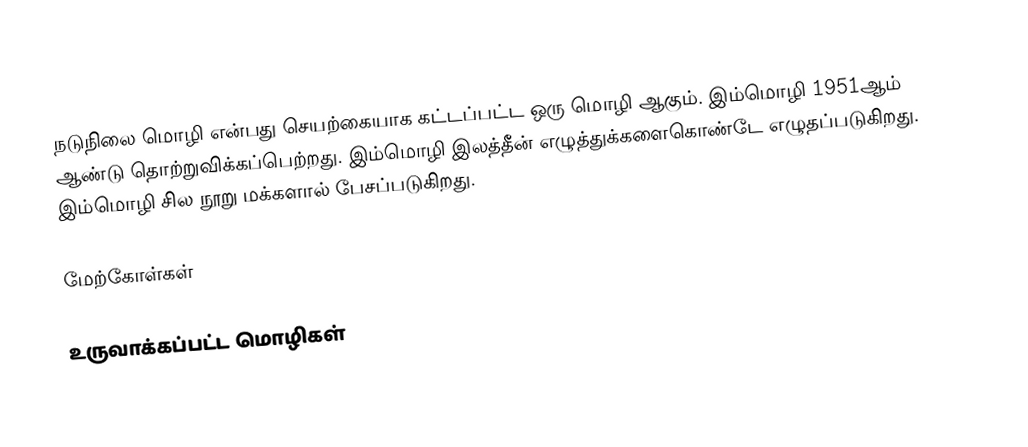
நடுநிலை மொழி என்பது செயற்கையாக கட்டப்பட்ட ஒரு மொழி ஆகும். இம்மொழி 1951ஆம் ஆண்டு தொற்றுவிக்கப்பெற்றது. இம்மொழி இலத்தீன் எழுத்துக்களைகொண்டே எழுதப்படுகிறது. இம்மொழி சில நூறு மக்களால் பேசப்படுகிறது.

மேற்கோள்கள்

உருவாக்கப்பட்ட மொழிகள்